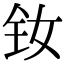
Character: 钕